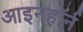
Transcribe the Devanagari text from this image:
आइनहॉर्न